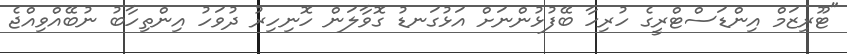
"ޓޫރިޒަމް އިންޑަސްޓްރީގެ ހުރިހާ ބޭފުޅުންނަށް އަޅުގަނޑު ގޮވާލަން ހޮނިހިރު ދުވަހު އިންތިހާބު ނުބޭއްވިއްޖެ